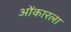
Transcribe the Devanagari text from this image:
ओंकारला